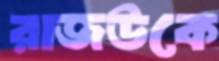
রাজউকে